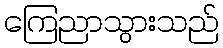
ကြေညာသွားသည်